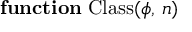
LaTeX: \mathbf { f u n c t i o n } \; { \mathrm { C l a s s } } ( \phi , \, n )